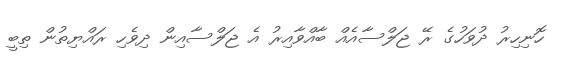
ހޮނިހިރު ދުވަހުގެ ރޭ ޖަލްސާއެއް ބާއްވާއިރު އެ ޖަލްސާއިން ދިވެހި ރައްޔިތުން ތިބީ